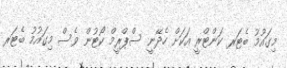
މިގައުމު ބެޓަރ ކަންޓްރީ އަކަށް ހެދޭނީ ސްޕްރީމް ކޯޓުން ވެސް މިގައުމު ބެޓަރ